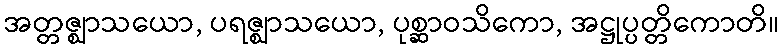
အတ္တဇ္ဈာသယော, ပရဇ္ဈာသယော, ပုစ္ဆာဝသိကော, အဋ္ဌုပ္ပတ္တိကောတိ။